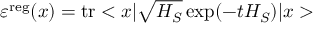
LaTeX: \varepsilon ^ { \mathrm { r e g } } ( x ) = \mathrm { t r } < x | \sqrt { H _ { S } } \exp ( - t H _ { S } ) | x >